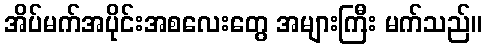
အိပ်မက်အပိုင်းအစလေးတွေ အများကြီး မက်သည်။